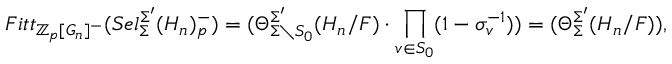
F i t t _ { \mathbb { Z } _ { p } [ G _ { n } ] ^ { - } } ( S e l _ { \Sigma } ^ { \Sigma ^ { \prime } } ( H _ { n } ) _ { p } ^ { - } ) = ( \Theta _ { \Sigma \setminus S _ { 0 } } ^ { \Sigma ^ { \prime } } ( H _ { n } / F ) \cdot \prod _ { v \in S _ { 0 } } ( 1 - \sigma _ { v } ^ { - 1 } ) ) = ( \Theta _ { \Sigma } ^ { \Sigma ^ { \prime } } ( H _ { n } / F ) ) ,